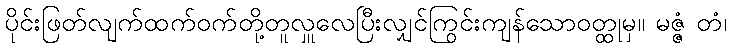
ပိုင်းဖြတ်လျက်ထက်ဝက်တို့တူလှူလေပြီးလျှင်ကြွင်းကျန်သောဝတ္ထုမှ။ မဇ္ဇံ တံ၊